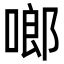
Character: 啷